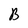
Character: B